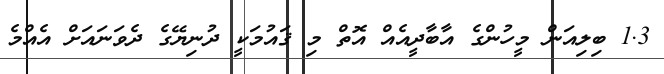
1.3 ބިލިއަން މީހުންގެ އާބާދީއެއް އޮތް މި ޤައުމަކީ ދުނިޔޭގެ ދެވަނައަށް އެއްމެ